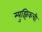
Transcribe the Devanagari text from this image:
म्युझिकची